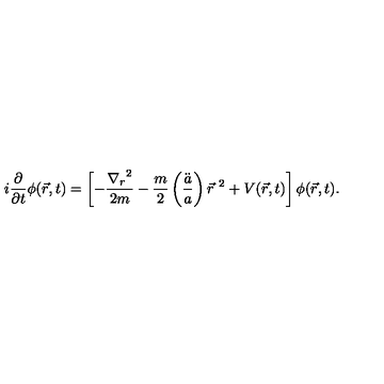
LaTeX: i \frac { \partial } { \partial t } \phi ( \vec { r } , t ) = \left[ - \frac { { \nabla _ { r } } ^ { 2 } } { 2 m } - \frac { m } { 2 } \left( \frac { \ddot { a } } { a } \right) { \vec { r } } ^ { \ 2 } + V ( \vec { r } , t ) \right] \phi ( \vec { r } , t ) .